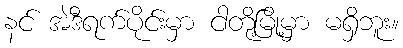
နင် အဲဒီရက်ပိုင်းမှာ ငါတို့မြို့မှာ မရှိဘူး။